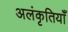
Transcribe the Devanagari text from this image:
अलंकृतियाँ